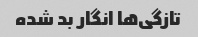
تازگی‌ها انگار بد شده